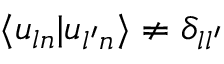
\langle u _ { l n } | u _ { l ^ { \prime } n } \rangle \ne \delta _ { l l ^ { \prime } }